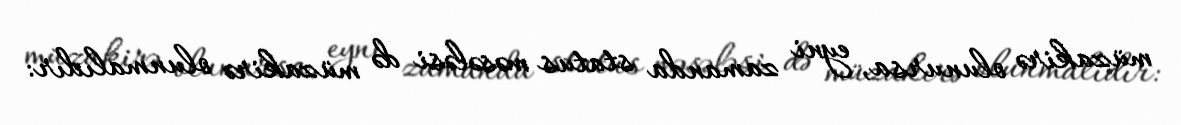
müzakirə olunursa, eyni zamanda status məsələsi də müzakirə olunmalıdır: